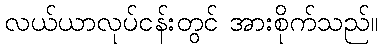
လယ်ယာလုပ်ငန်းတွင် အားစိုက်သည်။